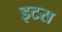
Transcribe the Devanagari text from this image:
इटस